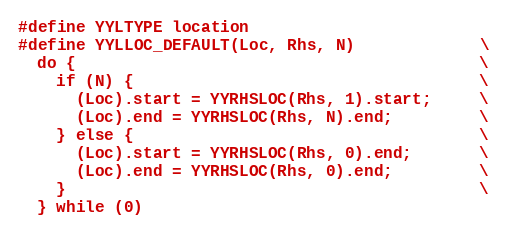
Language: C
#define YYLTYPE location
#define YYLLOC_DEFAULT(Loc, Rhs, N)             \
  do {                                          \
    if (N) {                                    \
      (Loc).start = YYRHSLOC(Rhs, 1).start;     \
      (Loc).end = YYRHSLOC(Rhs, N).end;         \
    } else {                                    \
      (Loc).start = YYRHSLOC(Rhs, 0).end;       \
      (Loc).end = YYRHSLOC(Rhs, 0).end;         \
    }                                           \
  } while (0)